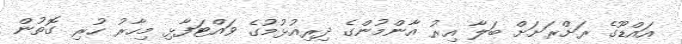
އައްޑޫގެ ރަށްރަށަށް ބަލާ އިރު އާންމުންގެ ދިރިއުޅުމުގެ ވައްޓަފާޅި މިހާރު ހުރި ގޮތުން